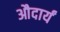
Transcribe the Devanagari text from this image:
औदार्यं